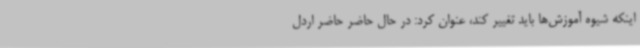
اینکه شیوه آموزش‌ها باید تغییر کند، عنوان کرد: در حال حاضر حاضر اردل